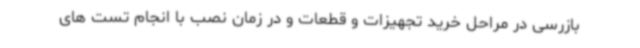
بازرسی در مراحل خرید تجهیزات و قطعات و در زمان نصب با انجام تست های